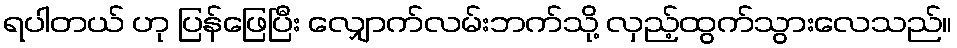
ရပါတယ် ဟု ပြန်ဖြေပြီး လျှောက်လမ်းဘက်သို့ လှည့်ထွက်သွားလေသည်။